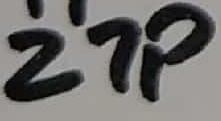
Text: 27P